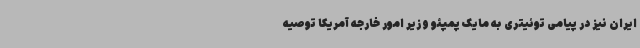
ایران نیز در پیامی توئیتری به مایک پمپئو وزیر امور خارجه آمریکا توصیه